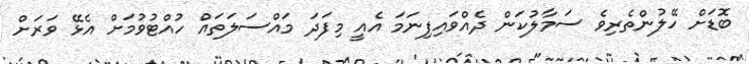
ބޮޑަށް ހޭލުންތެރިވެ ސަމާލުކަން ދެއްވައިފިނަމަ އެއީ މިފަދަ މައްސަލަތައް ހުއްޓުވުމަށް އެޅޭ ވަރަށް